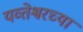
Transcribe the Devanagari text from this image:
यव्तेश्वरच्या